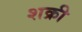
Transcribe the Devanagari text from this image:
शक्री